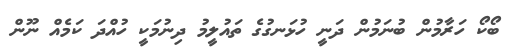
ބޯކޯ ހަރާމުން ބުނަމުން ދަނީ ހުޅަނގުގެ ތައުލީމު ދިނުމަކީ ހުއްދަ ކަމެއް ނޫން